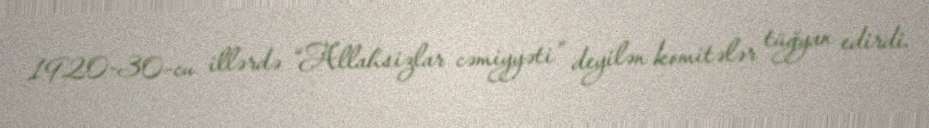
1920-30-cu illərdə “Allahsizlar cəmiyyəti” deyilən komitələr tüğyan edirdi.